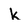
Character: k